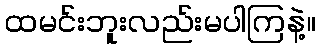
ထမင်းဘူးလည်းမပါကြနဲ့။